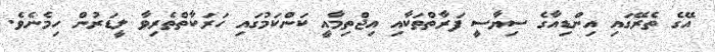
އޭގެ ތެރޭގައި އިންޑިއާގެ ސިޔާސީ ފަރާތްތަކާއި އިޖްތިމާއީ ކަންކަމުގައި ހަރަކާތްތެރިވާ ލީޑަރުން ހިމެނެވެ.